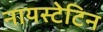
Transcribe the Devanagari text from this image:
नायस्टेटिन